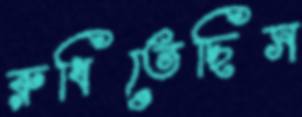
রুধিতেছিস